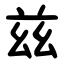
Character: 兹